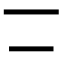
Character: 𠄟